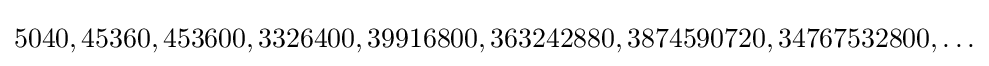
5040,45360,453600,3326400,39916800,363242880,3874590720,34767532800,\ldots